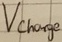
Text: Vcharg